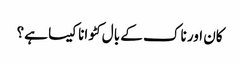
کان اور ناک کے بال کٹوانا کیسا ہے؟